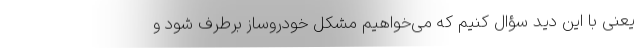
یعنی با این دید سؤال کنیم که می‌خواهیم مشکل خودروساز برطرف شود و